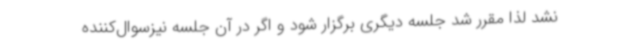
نشد لذا مقرر شد جلسه دیگری برگزار شود و اگر در آن جلسه نیزسوال‌کننده